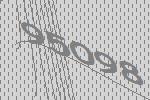
95098